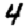
Digit: 4